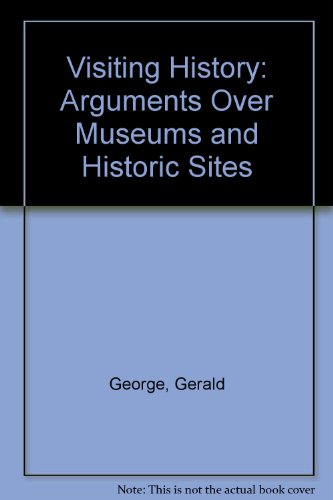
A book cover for Visiting History: Arguments Over Museums and Historic Sites; Gerald George; Business & Money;